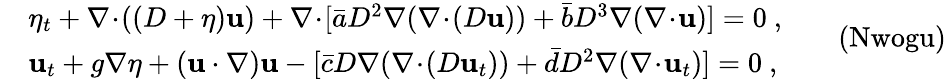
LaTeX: \begin{array}{rl}&{\eta_{t}+\nabla\! \cdot\! ((D+\eta)\mathbf{u})+\nabla\! \cdot\! [\bar{a}D^{2}\nabla(\nabla\! \cdot\! (D\mathbf{u}))+\bar{b}D^{3}\nabla(\nabla\! \cdot\! \mathbf{u})]=0\ ,}\\ &{\mathbf{u}_{t}+g\nabla\eta+(\mathbf{u}\cdot\nabla)\mathbf{u}-[\bar{c}D\nabla(\nabla\! \cdot\! (D\mathbf{u}_{t}))+\bar{d}D^{2}\nabla(\nabla\! \cdot\! \mathbf{u}_{t})]=0\ ,}\end{array}\qquad\mathrm{(Nwogu)}